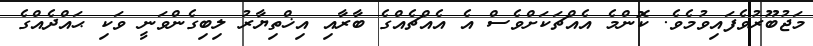
މަޖުބޫރުވެފައިވުމެވެ. ކޮންމެ އެއްޗަކަށްވެސް އެ އެއްޗެއްގެ ބާރާއި އިޚްތިޔާރު ލިބިގެންވަނީ ވަކި ޙައްދެއްގެ